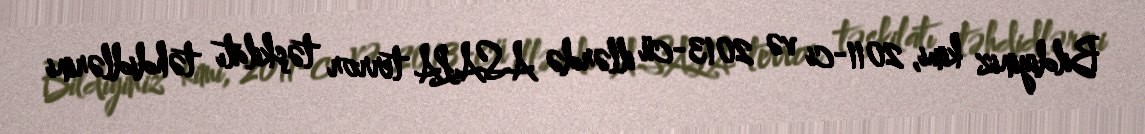
Bildiyiniz kimi, 2011-ci və 2013-cü illərdə ASALA terror təşkilatı təhdidlərini